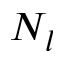
N _ { l }